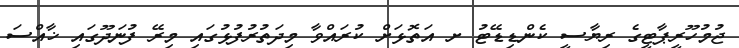
ޖުމުހޫރީޕާޓީގެ ރިޔާސީ ކެންޑިޑޭޓު ށ އަތޮޅަށް ކުރައްވާ މިދަތުރުފުޅުގައި މިރޭ ފުނަދޫގައި ޚާއްސަ